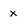
Character: x